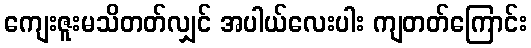
ကျေးဇူးမသိတတ်လျှင် အပါယ်လေးပါး ကျတတ်ကြောင်း